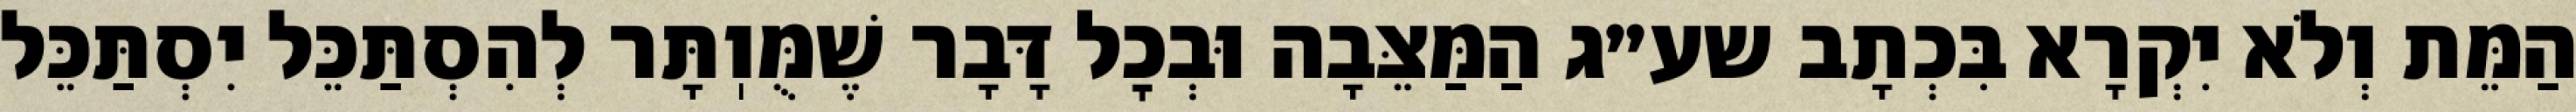
הַמֵּת וְלֹא יִקְרָא בִּכְתָב שע״ג הַמַּצֵּבָה וּבְכׇל דָּבָר שֶׁמֻּוֽתָּר לְהִסְתַּכֵּל יִסְתַּכֵּל